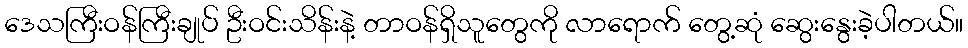
ဒေသကြီးဝန်ကြီးချုပ် ဦးဝင်းသိန်းနဲ့ တာဝန်ရှိသူတွေကို လာရောက် တွေ့ဆုံ ဆွေးနွေးခဲ့ပါတယ်။